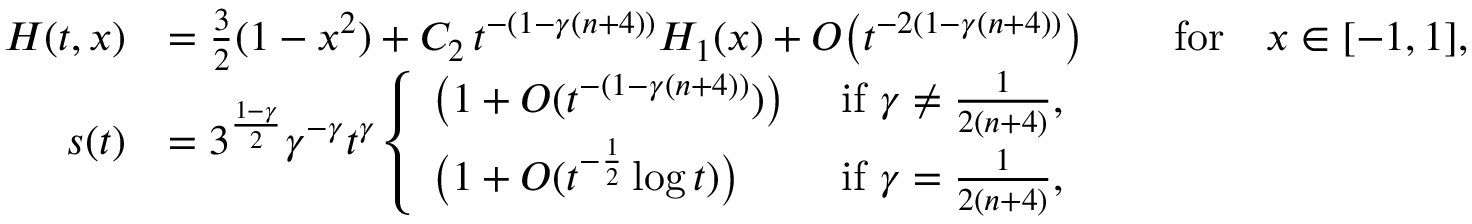
\begin{array} { r l r l } { H ( t , x ) } & { = \frac 3 2 ( 1 - x ^ { 2 } ) + C _ { 2 } \, t ^ { - ( 1 - \gamma ( n + 4 ) ) } H _ { 1 } ( x ) + O \big ( t ^ { - 2 ( 1 - \gamma ( n + 4 ) ) } \big ) } & & { \mathrm { f o r } \quad x \in [ - 1 , 1 ] , } \\ { s ( t ) } & { = 3 ^ { \frac { 1 - \gamma } { 2 } } \gamma ^ { - \gamma } t ^ { \gamma } \left\{ \begin{array} { l l } { \big ( 1 + O ( t ^ { - ( 1 - \gamma ( n + 4 ) ) } ) \big ) } & { \mathrm { ~ i f ~ } \gamma \ne \frac { 1 } { 2 ( n + 4 ) } , } \\ { \big ( 1 + O ( t ^ { - \frac 1 2 } \log t ) \big ) } & { \mathrm { ~ i f ~ } \gamma = \frac { 1 } { 2 ( n + 4 ) } , } \end{array} \right. } \end{array}